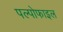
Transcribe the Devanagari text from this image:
पल्पोफाइल